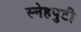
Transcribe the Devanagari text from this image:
स्नेहपुटी